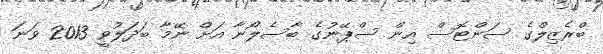
ބްރެޒިލްގެ ސަންޓޮސް އިން ސްޕޭނުގެ ބާސެލޯނާ އަށް ނޭމާ ބަދަލުވީ 2013 ވަނަ